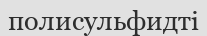
полисульфидті